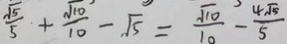
\frac { \sqrt { 5 } } { 5 } + \frac { \sqrt { 1 0 } } { 1 0 } - \sqrt { 5 } = \frac { \sqrt { 1 0 } } { 1 0 } - \frac { 4 \sqrt { 5 } } { 5 }